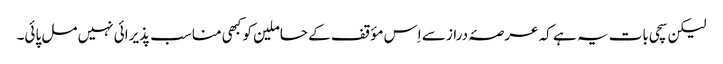
لیکن سچی بات یہ ہے کہ عرصۂ دراز سے اِس مؤقف کے حاملین کو کبھی مناسب پذیرائی نہیں مل پائی۔